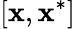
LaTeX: [\mathbf{x},\mathbf{x}^{*}]